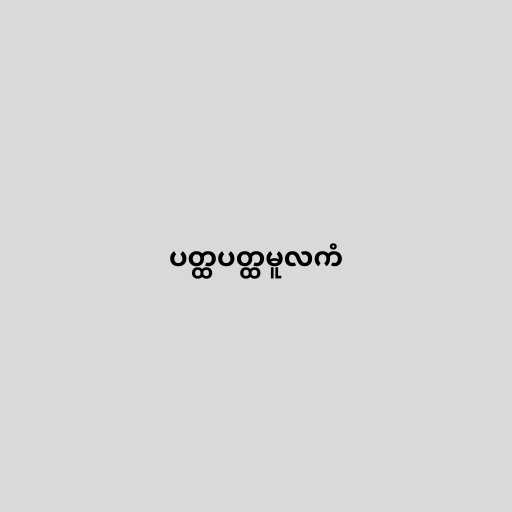
ပတ္ထပတ္ထမူလကံ